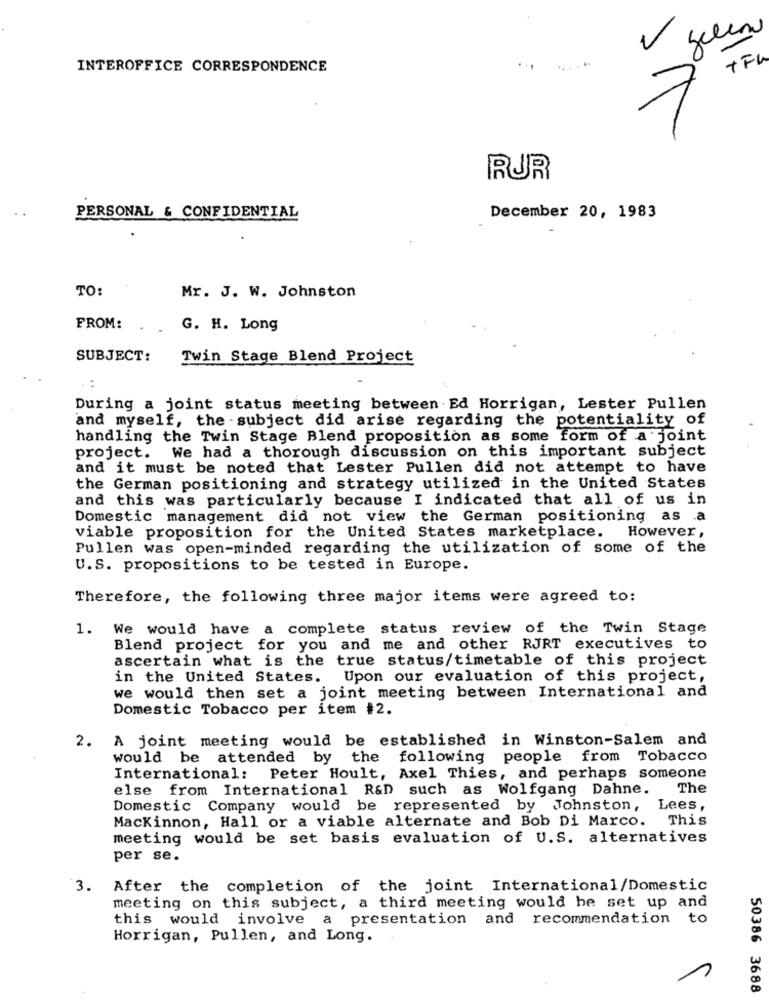
V
gelen
TFU
INTEROFFICE CORRESPONDENCE
RUR
PERSONAL & CONFIDENTIAL
December 20, 1983
TO:
Mr. J. W. Johnston
FROM:
G. H. Long
SUBJECT:
Twin Stage Blend Project
During a joint status meeting between Ed Horrigan, Lester Pullen
and myself, the - subject did arise regarding the potentiality of
handling the Twin Stage Blend proposition as some form of a joint
project. We had a thorough discussion on this important subject
and it must be noted that Lester Pullen did not attempt to have
the German positioning and strategy utilized in the United States
and this was particularly because I indicated that all of us in
Domestic management did not view the German positioning as a
viable proposition for the United States marketplace. However,
Pullen was open-minded regarding the utilization of some of the
U.S. propositions to be tested in Europe.
Therefore, the following three major items were agreed to:
1. We would have a complete status review of the Twin Stage
Blend project for you and me and other RJRT executives to
ascertain what is the true status/timetable of this project
in the United States. Upon our evaluation of this project,
we would then set a joint meeting between International and
Domestic Tobacco per item #2.
2. A joint meeting would be established in Winston-Salem and
would be attended by the following people from Tobacco
International: Peter Hoult, Axel Thies, and perhaps someone
else from International R&D such as Wolfgang Dahne.
The
Domestic Company would be represented by Johnston, Lees
Mackinnon, Hall or a viable alternate and Bob Di Marco.
This
meeting would be set basis evaluation of U.S. alternatives
per se.
3.
After the completion of the joint International/Domestic
meeting on this subject, a third meeting would he set up and
this would involve a presentation and recommendation to
Horrigan, Pullen, and Long.
50386 3688